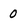
Character: 0